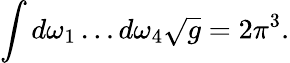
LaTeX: \int d\omega_{1}\ldots d\omega_{4}\sqrt{g}=2\pi^{3}.